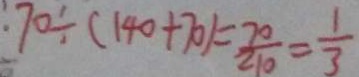
7 0 \div ( 1 4 0 + 7 0 ) = \frac { 7 0 } { 2 1 0 } = \frac { 1 } { 3 }